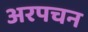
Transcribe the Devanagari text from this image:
अरपचन